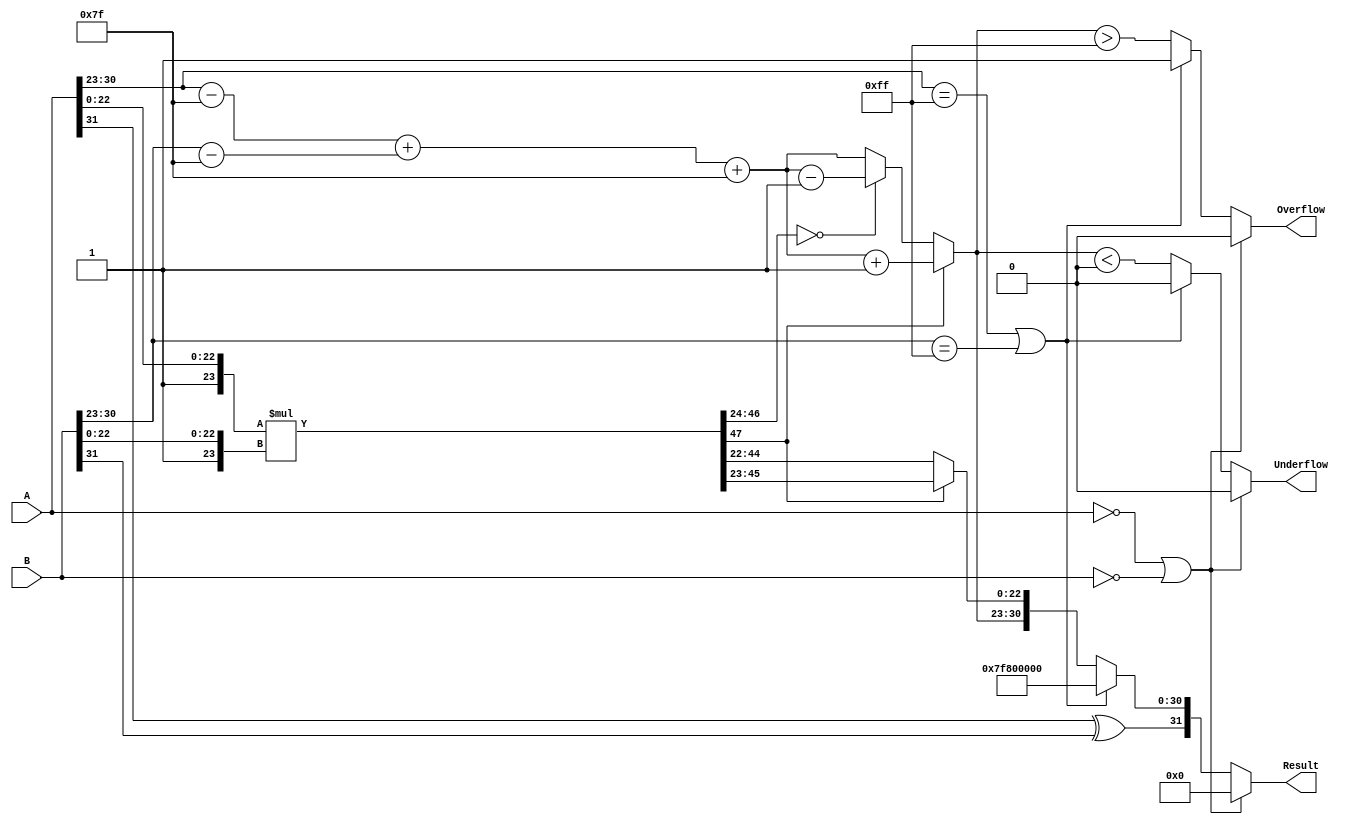
module fp_multiplier (
    input  wire [31:0] A,        // First floating-point operand
    input  wire [31:0] B,        // Second floating-point operand
    output reg  [31:0] Result,    // Resulting floating-point product
    output reg  Overflow,          // Overflow flag
    output reg  Underflow          // Underflow flag
);

    // IEEE 754 components
    wire sign_a = A[31];
    wire sign_b = B[31];
    wire [7:0] exp_a = A[30:23];
    wire [7:0] exp_b = B[30:23];
    wire [22:0] mant_a = A[22:0];
    wire [22:0] mant_b = B[22:0];

    wire sign_result;
    wire [7:0] exp_result;
    wire [47:0] mant_result; // 23 + 23 + 1 (for the implicit leading 1)
    
    // Sign calculation
    assign sign_result = sign_a ^ sign_b;

    // Exponent calculation
    wire [8:0] exp_a_bias = {1'b0, exp_a} - 8'd127;
    wire [8:0] exp_b_bias = {1'b0, exp_b} - 8'd127;
    wire [8:0] exp_sum = exp_a_bias + exp_b_bias + 8'd127;

    // Mantissa calculation
    wire [24:0] mant_a_ext = {1'b1, mant_a}; // Add implicit leading 1
    wire [24:0] mant_b_ext = {1'b1, mant_b}; // Add implicit leading 1
    assign mant_result = mant_a_ext * mant_b_ext; // Mantissa multiplication

    // Normalization
    reg [7:0] exp_final;
    reg [23:0] mant_final;

    always @(*) begin
        // Handle special cases: Zero, NaN, Infinity
        if (A == 32'b0 || B == 32'b0) begin
            Result = 32'b0; // If either operand is zero, result is zero
            Overflow = 0;
            Underflow = 0;
        end else if (exp_a == 8'hFF || exp_b == 8'hFF) begin
            // Handle NaN and Infinity
            Result = {sign_result, 8'hFF, 23'b0}; // Result is Infinity
            Overflow = 1;
            Underflow = 0;
        end else begin
            // Normalization logic
            if (mant_result[47]) begin
                mant_final = mant_result[46:23]; // Shift right
                exp_final = exp_sum + 1; // Increase exponent
            end else if (mant_result[46:24] == 0) begin
                mant_final = mant_result[45:22]; // Shift right
                exp_final = exp_sum - 1; // Decrease exponent
            end else begin
                mant_final = mant_result[45:22]; // Normalized
                exp_final = exp_sum; // Keep exponent
            end

            // Rounding (not fully implemented for simplicity)
            // Here we would implement rounding logic based on IEEE 754 rules

            // Final result assembly
            Result = {sign_result, exp_final[7:0], mant_final[22:0]};
            Overflow = (exp_final > 8'hFF); // Check overflow
            Underflow = (exp_final < 8'd0);  // Check underflow
        end
    end

endmodule